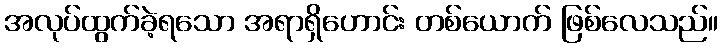
အလုပ်ထွက်ခဲ့ရသော အရာရှိဟောင်း တစ်ယောက် ဖြစ်လေသည်။